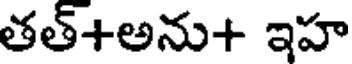
తత్+అను+ ఇహ